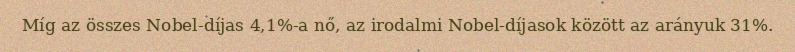
Míg az összes Nobel-díjas 4,1%-a nő, az irodalmi Nobel-díjasok között az arányuk 31%.